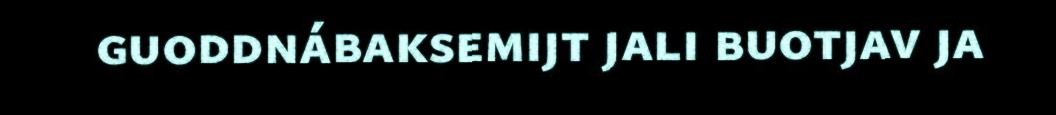
guoddnábaksemijt jali buotjav ja